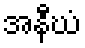
အနီဃံ